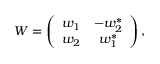
W = \left( \begin{array} { c c } { { w _ { 1 } } } & { { - w _ { 2 } ^ { \ast } } } \\ { { w _ { 2 } } } & { { w _ { 1 } ^ { \ast } } } \end{array} \right) ,